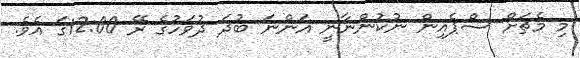
މި މެޗަށް ސްޕެއިން ނުކުންނާނީ އަންނަ ބުދަ ދުވަހުގެ ރޭ 12:00ގަ އެވެ.